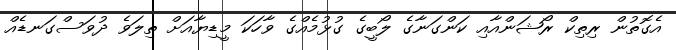
އެގޮތުން ރިތިކް ރޯޝަންއާއި ކަންގަނާގެ ލޯބީގެ ގުޅުމެއްގެ ވާހަކަ މީޑިޔާއަށް ތިލަވެ ދުވަސްގަނޑެއް